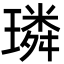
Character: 璘